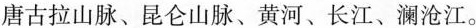
唐古拉山脉、昆仑山脉、黄河、长江、澜沧江。